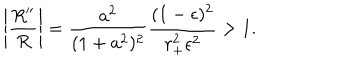
\left| { \frac { R ^ { \prime \prime } } { R } } \right| = { \frac { a ^ { 2 } } { ( 1 + a ^ { 2 } ) ^ { 2 } } } { \frac { ( 1 - \epsilon ) ^ { 2 } } { r _ { + } ^ { 2 } \epsilon ^ { 2 } } } > 1 .